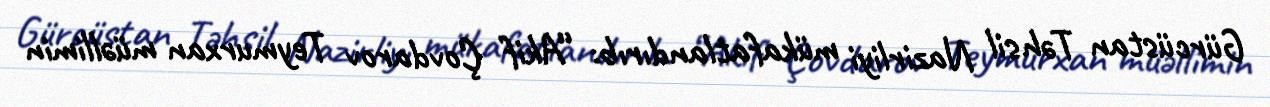
Gürcüstan Təhsil Nazirliyi mükafatlandırıb: “Akif Çovdarov Teymurxan müəllimin